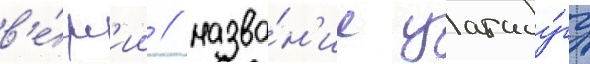
в'е́рс'ии / назва́н'ие уагаду́гу